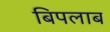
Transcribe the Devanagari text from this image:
बिपलाब